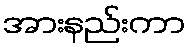
အားနည်းကာ